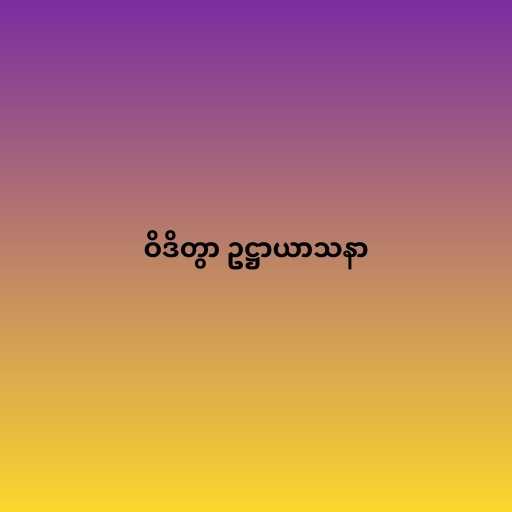
ဝိဒိတွာ ဥဋ္ဌာယာသနာ